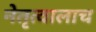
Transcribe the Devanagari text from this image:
नेतृत्वालाच